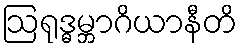
ဩရုဒ္ဓမ္ဘာဂိယာနီတိ